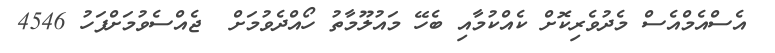
އެސްއެމްއެސް މެދުވެރިކޮށް ކެއްކުމާއި ބެހޭ މައުލޫމާތު ހޯއްދެވުމަށް  ޖެއްސެވުމަށްފަހު 4546